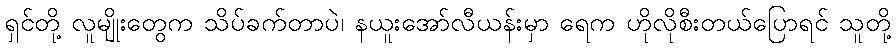
ရှင်တို့ လူမျိုးတွေက သိပ်ခက်တာပဲ၊ နယူးအော်လီယန်းမှာ ရေက ဟိုလိုစီးတယ်ပြောရင် သူတို့